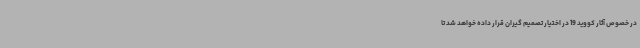
در خصوص آثار کووید 19 در اختیار تصمیم گیران قرار داده خواهد شد تا